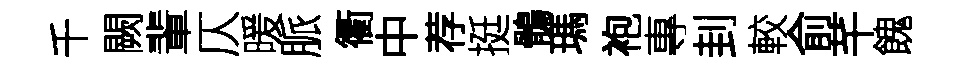
千闕輩仄暖脈衢中荐挺鶻瑪袍專刲較俞芊餽